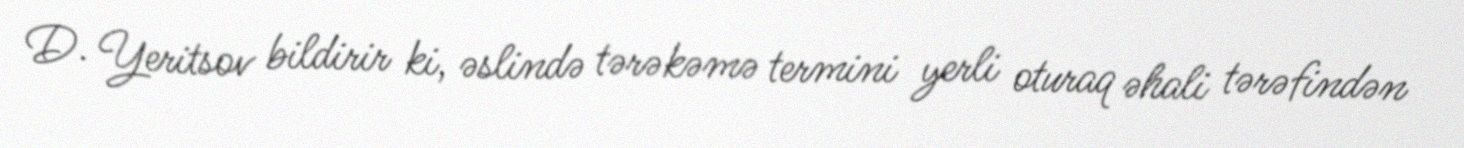
D. Yeritsov bildirir ki, əslində tərəkəmə termini yerli oturaq əhali tərəfindən